Report of the Imperial Institute of Veterinary Research, Muktesar
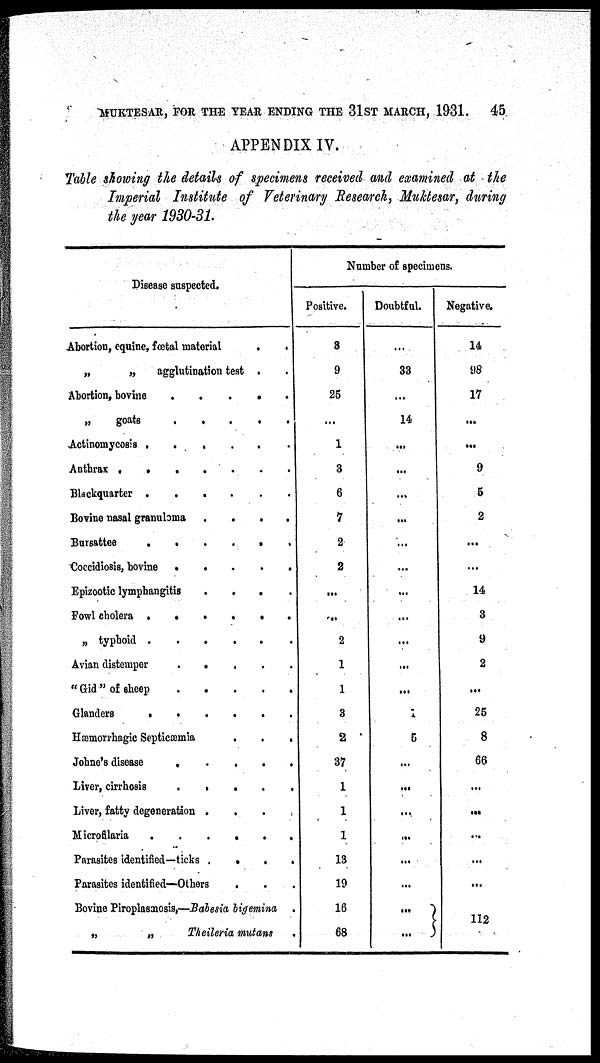
MUKTESAR, FOR THE YEAR ENDING THE 31ST MARCH, 1931.
45
APPENDIX IV.
Table showing the details of specimens received and examined at the
Imperial Institute of Veterinary Research, Muktesar, during
the year 1930-31.
Disease suspected.
Abortion, equine, fœtal material
„
„
agglutination test
Abortion, bovine
„
goats
Actinomycesis
....
Anthrax .
.
.
.
Blackquarter
....
Bovine nasal granuloma
.
.
Bursattee
....
Coccidiosis, bovine
.
.
Epizootic lymphangitis
.
.
Fowl cholera .
.
.
.
„ typhoid .
Avian distemper
.
.
" Gid " of sheep
Glanders
.
.
Hæmorrhagic Septicæmia
Johne's disease
.
Liver, cirrhosis
.
.
Liver, fatty degeneration .
Microfilaria
Parasites identified—ticks .
Parasites identified—Others
.
.
.
.
.
.
.
.
.
.
.
.
.
.
.
.
.
.
.
.
.
.
.
.
.
.
.
.
.
.
.
.
.
.
.
.
.
.
.
.
.
Bovine Piroplasmosis,—Babesia bigemina
„
„
Theileria mutans
Number of specimens.
Positive.
3
9
25
...
1
3
6
7
2
2
...
..
2
1
1
3
2
37
1
1
1
13
19
16
68
Doubtful.
...
33
...
14
...
...
...
...
...
...
...
...
...
...
...
1
5
...
...
...
...
...
...
...
...}
...
Negative.
14
98
17
...
...
9
5
2
...
...
14
3
9
2
...
25
8
66
...
...
...
...
...
112